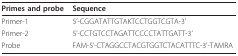
<table><thead><tr><td><b>Primes and probe</b></td><td><b>Sequence</b></td></tr></thead><tbody><tr><td>Primer-1</td><td>5&#x27;-CGGATATTGTAKTCCTGGTCGTA-3&#x27;</td></tr><tr><td>Primer-2</td><td>5&#x27;-CCTGTCCTAGATTCCCCTATTGATT-3&#x27;</td></tr><tr><td>Probe</td><td>FAM-5&#x27;-CTAGGCCTACGTGGTCTACATTTC-3&#x27;-TAMRA</td></tr></tbody></table>